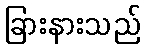
ခြားနားသည်